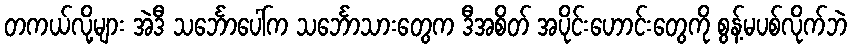
တကယ်လို့များ အဲဒီ သင်္ဘောပေါ်က သင်္ဘောသားတွေက ဒီအစိတ် အပိုင်းဟောင်းတွေကို စွန့်မပစ်လိုက်ဘဲ